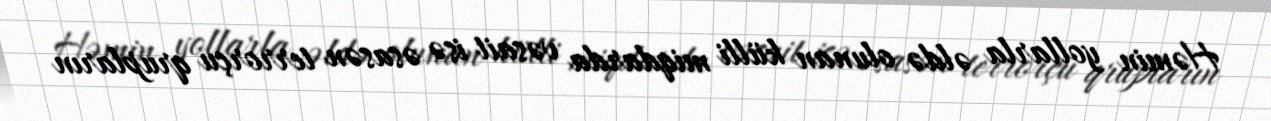
Həmin yollarla əldə olunan külli miqdarda vəsait isə əsasən terrorçu qrupların